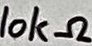
Text: 10kΩ